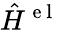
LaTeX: \hat{H}^{\mathrm{~e~l~}}